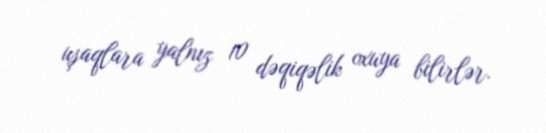
uşaqlara yalnız 10 dəqiqəlik oxuya bilirlər.